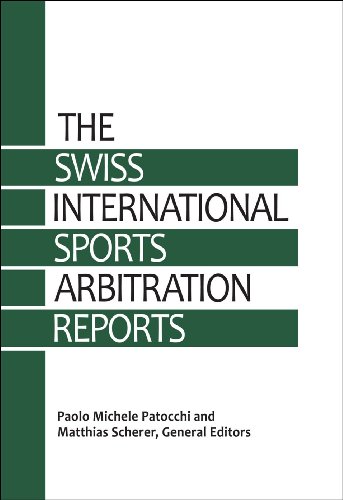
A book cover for Swiss International Sports Arbitration Reports (SISAR) - Vol. 1; Paolo Michele Patocchi - Editor; Law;